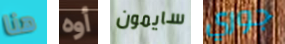
هنا أوه سايمون جوري